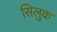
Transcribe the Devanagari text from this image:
सिलुक